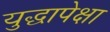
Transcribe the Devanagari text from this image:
युद्धापेक्षा